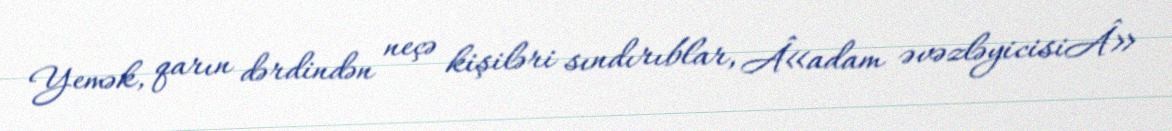
Yemək, qarın dərdindən neçə kişiləri sındırıblar, Â«adam əvəzləyicisiÂ»